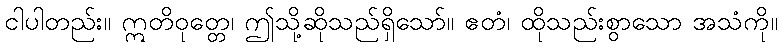
ငါပါတည်း။ ဣတိဝုတ္တေ၊ ဤသို့ဆိုသည်ရှိသော်။ ဧတံ၊ ထိုသည်းစွာသော အသံကို။